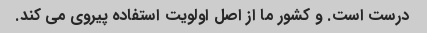
درست است. و کشور ما از اصل اولویت استفاده پیروی می کند.